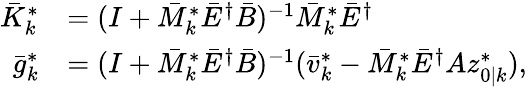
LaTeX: \begin{array}{rl}{\bar{K}_{k}^{*}}&{=(I+\bar{M}_{k}^{*}\bar{E}^{\dagger}\bar{B})^{-1}\bar{M}_{k}^{*}\bar{E}^{\dagger}}\\ {\bar{g}_{k}^{*}}&{=(I+\bar{M}_{k}^{*}\bar{E}^{\dagger}\bar{B})^{-1}(\bar{v}_{k}^{*}-\bar{M}_{k}^{*}\bar{E}^{\dagger}Az_{0|k}^{*}),}\end{array}